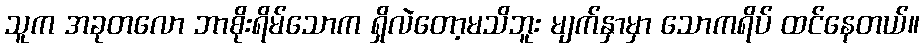
သူက အခုတလော ဘာစိုးရိမ်သောက ရှိလဲတော့မသိဘူး မျက်နှာမှာ သောကရိပ် ထင်နေတယ်။